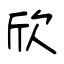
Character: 欣